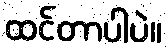
ထင်တာပါပဲ။